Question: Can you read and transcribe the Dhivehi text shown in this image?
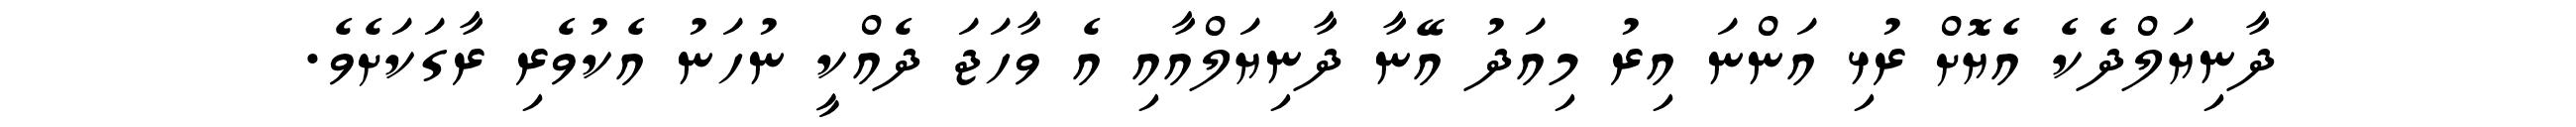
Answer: ދާނިޔަލްދެކެ އެޔޮށް ރުޅި އަންނަ އިރު މިއަދު އޭނާ ދާނިޔަލްއާއި އެ ވާހަޖަ ދެއްކީ ނުހަނު އެކުވެރި ރާގަކަށެވެ.